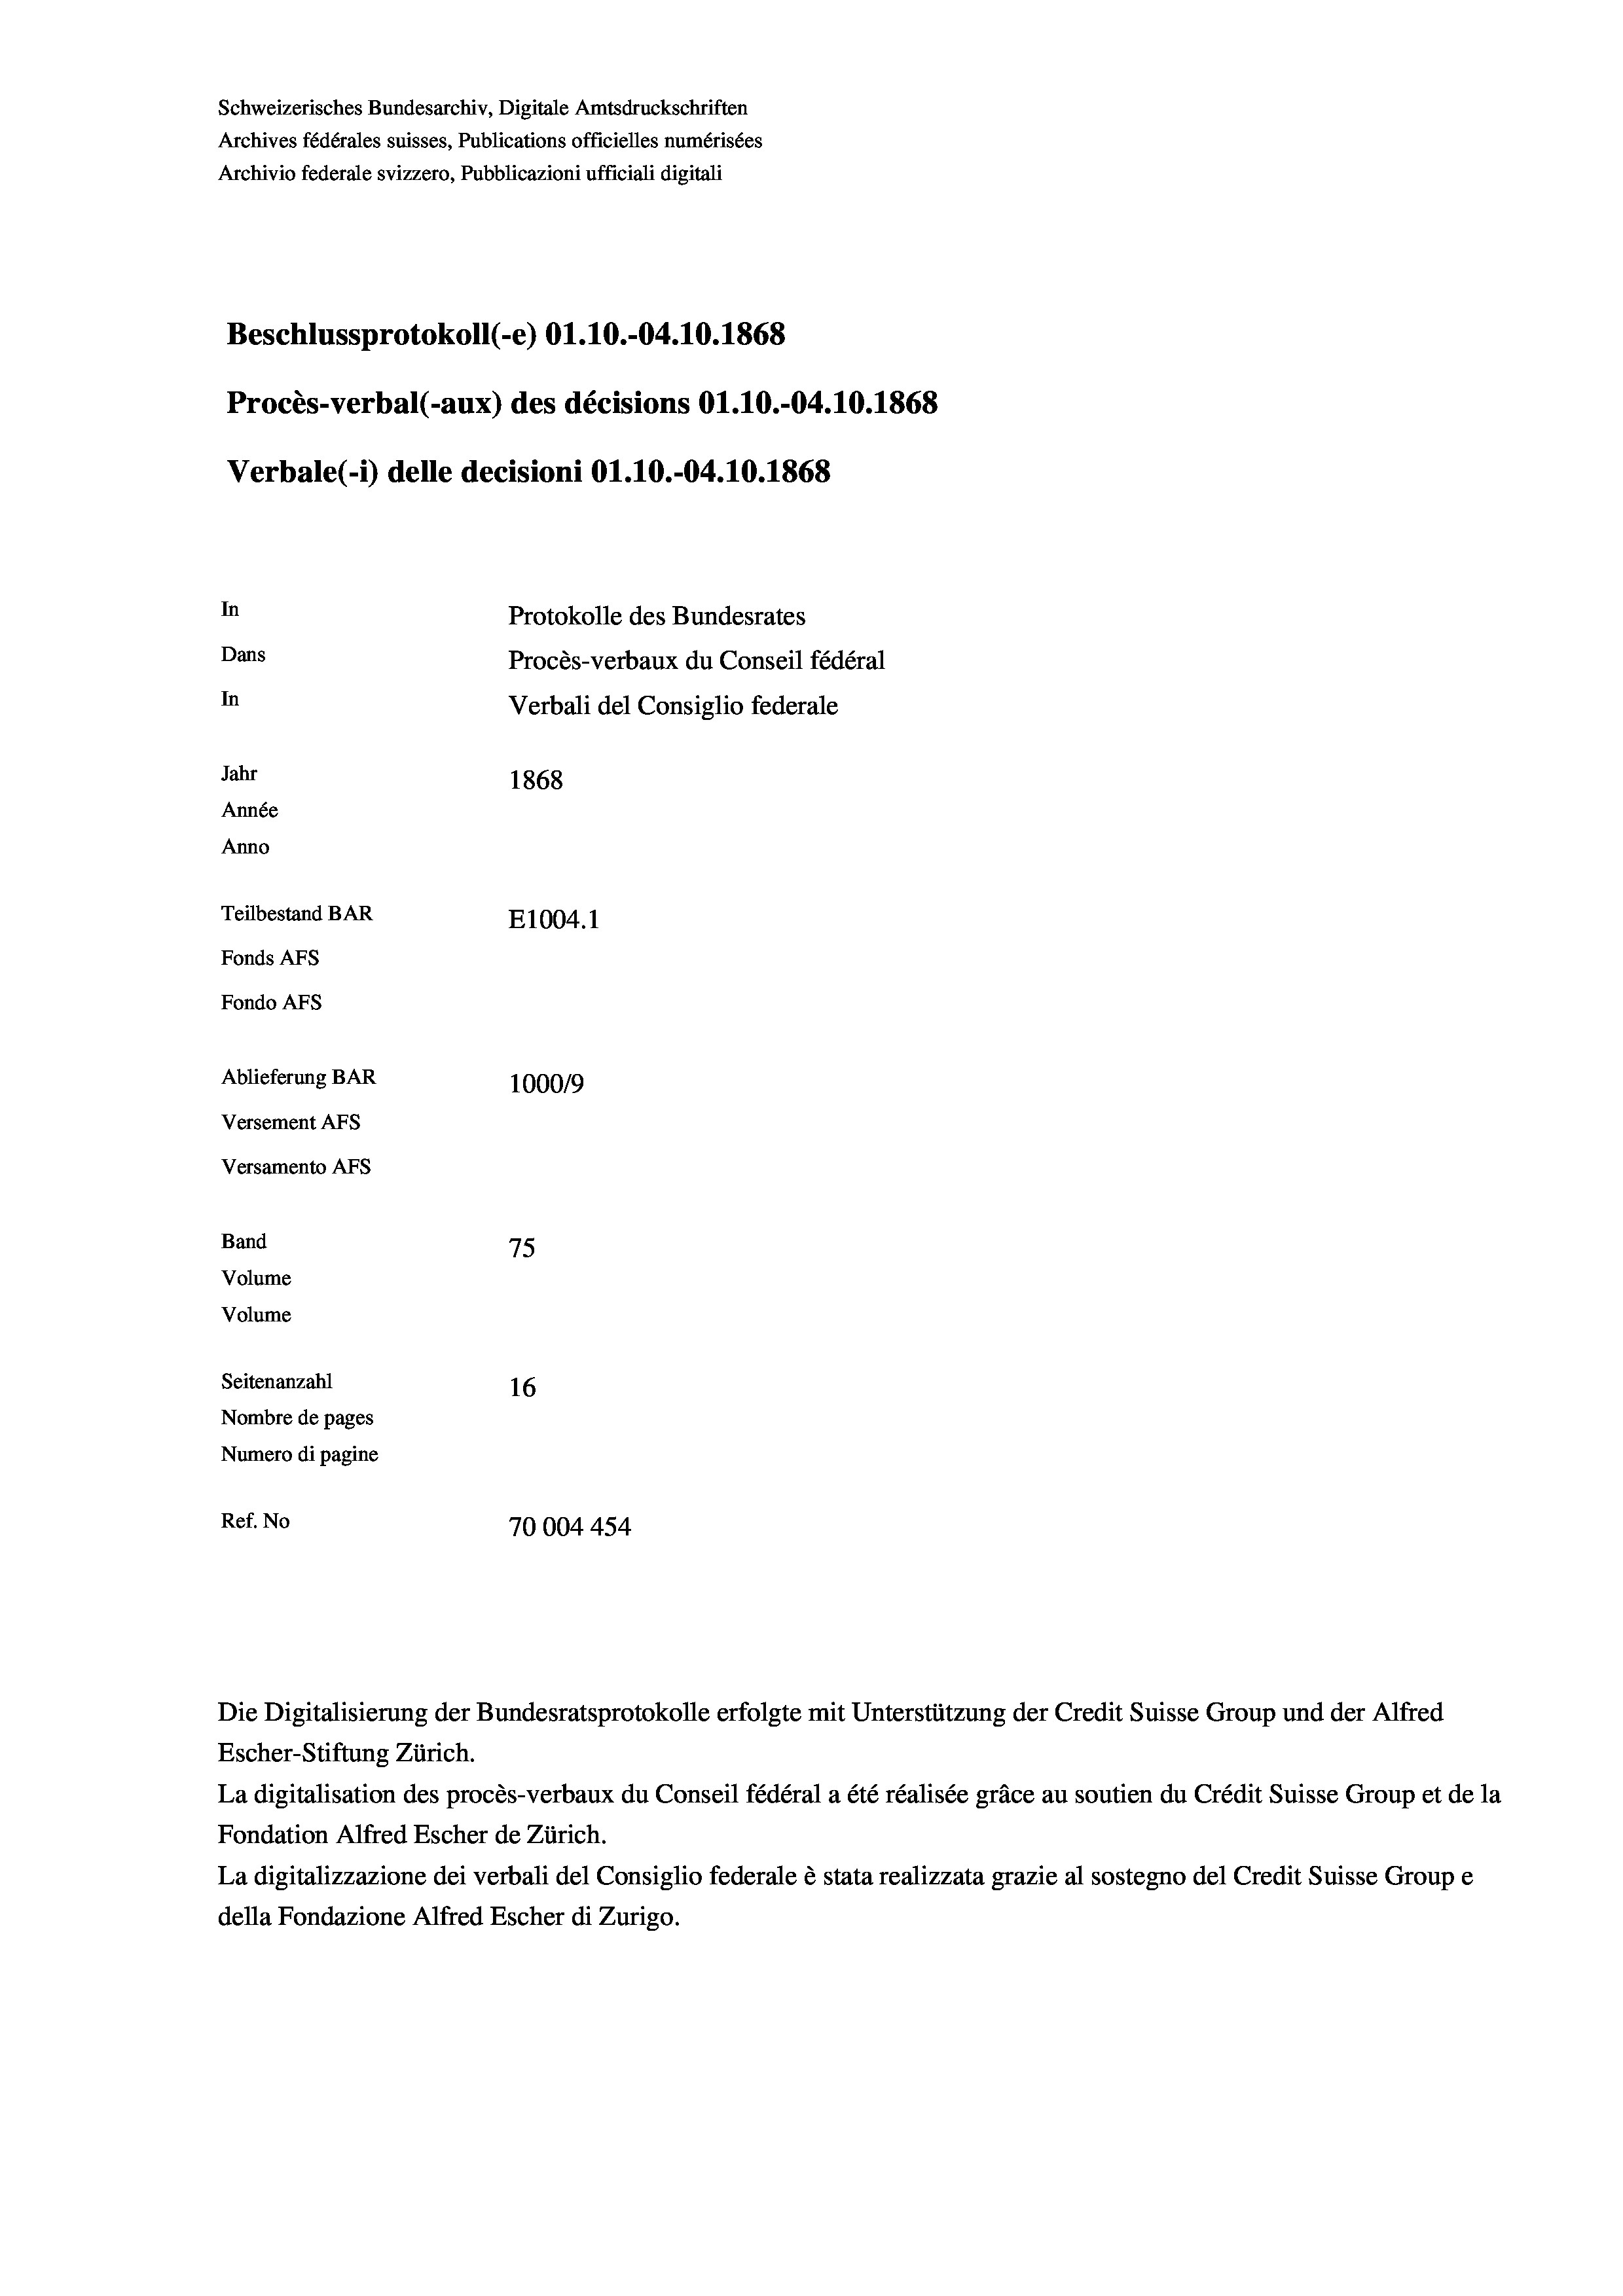
Schweizerisches Bundesarchiv, Digitale Amtsdruckschriften
Archives fédérales suisses, Publications officielles numérisées
Archivio federale svizzero, Pubblicazioni ufficiali digitali
Beschlussprotokoll (-e) O1.10.-04.10.1868
Procès-verbal (-aux) des décisions O1.10.-04.10.1868
Verbale (1) delle decisioni O1.10.-04.10.1868
In
Protokolle des Bundesrates
Dans
Procès-verbaux du Conseil fédéral
In
Verbali del Consiglio federale
Jahr
1868
Année
Anno
Teilbestand BAR
E1004. 1
Fonds AFs
Fondo AFS
Ablieferung BAR
100019
Versement AFs
Versamento AFs

Band

75
Volume
Volume
Seitenanzahl
16
Nombre de pages
Numero di pagine
Ref. No
70004 454

Die Digitalisierung der Bundesratsprotokolle erfolgte mit Unterstützung der Credit Suisse Group und der Alfred
Escher-Stiftung Zürich.
La digitalisation des procès-verbaux du Conseil fédéral a été réalisée gräce au soutien du Crédit Suisse Group et de la
Fondation Alfred Escher de Zürich.
La digitalizzazione dei verbali del Consiglio federale è stata realizzata grazie al sostegno del Credit Suisse Groupe
della Fondazione Alfred Escher di Zurigo.